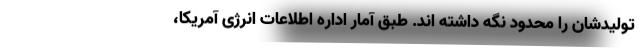
تولیدشان را محدود نگه داشته اند. طبق آمار اداره اطلاعات انرژی آمریکا،